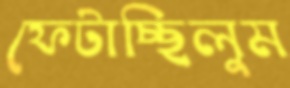
ফেটাচ্ছিলুম